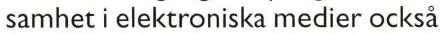
samhet i elektroniska medier också